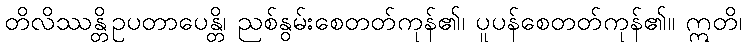
တိလိဿန္တိဥပတာပေန္တိ၊ ညစ်နွမ်းစေတတ်ကုန်၏၊ ပူပန်စေတတ်ကုန်၏။ ဣတိ၊